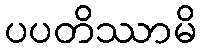
ပပတိဿာမိ